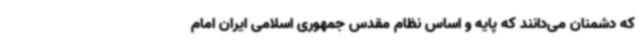
که دشمنان می‌دانند که پایه و اساس نظام مقدس جمهوری اسلامی ایران امام